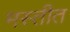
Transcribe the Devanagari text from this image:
मस्तीत